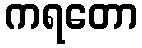
ကရတော